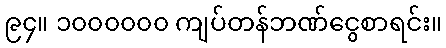
၉၄။ ၁၀၀၀၀၀၀ ကျပ်တန်ဘဏ်ငွေစာရင်း။